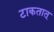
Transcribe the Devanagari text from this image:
टाकतात्